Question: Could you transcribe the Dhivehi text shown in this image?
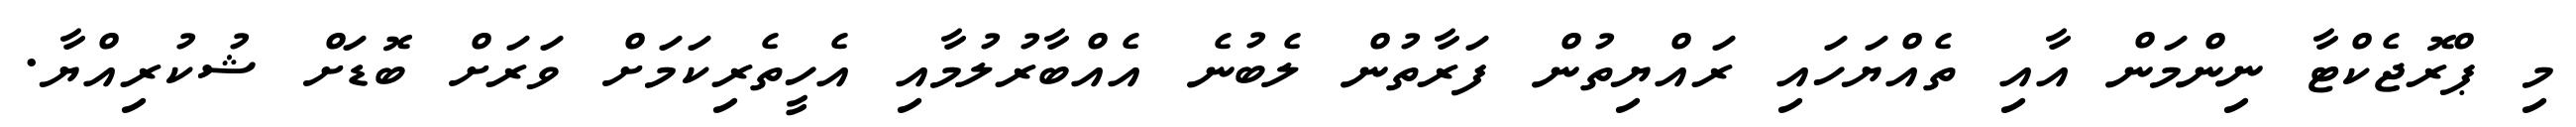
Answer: މި ޕްރޮޖެކްޓާ ނިންމަން އާއި ތެއްޔަހައި ރައްޔިތުން ފަރާތުން ލެބުނެ އެއްބާރުލުމާއި އެހީތެރިކަމަށް ވަރަށް ބޮޑަށް ޝުކުރިއްޔާ.